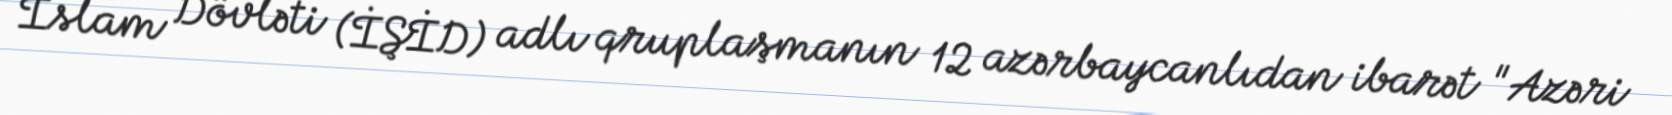
İslam Dövləti (İŞİD) adlı qruplaşmanın 12 azərbaycanlıdan ibarət "Azəri